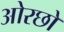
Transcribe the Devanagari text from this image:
ओरछो